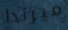
ميرندا